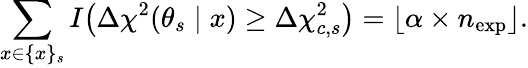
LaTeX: \sum_{x\in\{ x\} _{s}}I\bigl(\Delta\chi^{2}(\theta_{s}\mid x)\ge\Delta\chi_{c,s}^{2}\bigr)=\lfloor\alpha\times n_{\mathrm{exp}}\rfloor.